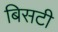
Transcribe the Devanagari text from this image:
बिसटी